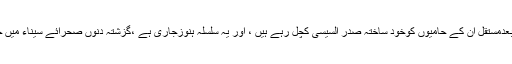
مصر میں جمہوری طریقہ سے منتخب محمد مرسی کی حکومت کو ختم کرنے کے بعدمستقل ان کے حامیوں کوخود ساختہ صدر السیسی کچل رہے ہیں ، اور یہ سلسلہ ہنوزجاری ہے ،گزشتہ دنوں صحرائے سیناء میں جو مرسی کا گڑھ ہے ،مصری افواج نے فضائی کارروائی میں 38 افراد کومار ڈالا ۔